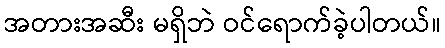
အတားအဆီး မရှိဘဲ ဝင်ရောက်ခဲ့ပါတယ်။